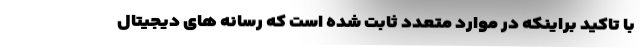
با تاکید براینکه در موارد متعدد ثابت شده است که رسانه های دیجیتال